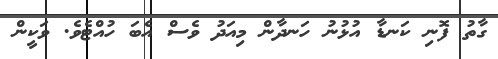
ގާތު ފޮނި ކަނޑާ އުޅުނު ހަނދާން މިއަދު ވެސް އެބަ ހުއްޓެވެ. ވަކީން